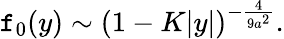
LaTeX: \mathtt{f}_{0}(y)\sim(1-K|y|)^{-{\frac{{4}}{{9a^{2}}}}}.